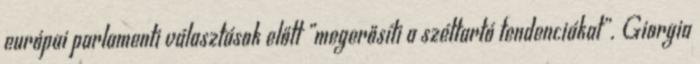
európai parlamenti választások előtt „megerősíti a széttartó tendenciákat”. Giorgia